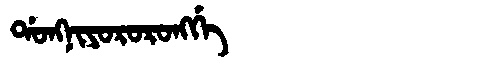
Manchu: ᡩᠣᠩᠨᡳᠶᠣᡵᠣᡵᠣᠩᡤᡝ
Romanization: DONGNIYORORONGGE